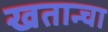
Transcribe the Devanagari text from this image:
खतान्चा